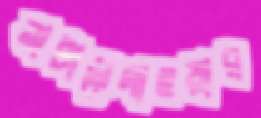
নাটালেগাওয়ার